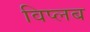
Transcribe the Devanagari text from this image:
विप्लब